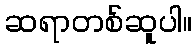
ဆရာတစ်ဆူပါ။